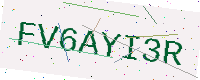
Text: FV6AYI3R